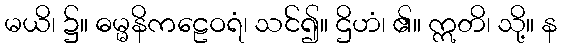
မယိ၊ ၌။ ဓမ္မနိကဠေဝရံ၊ သင်၍။ ဌိဟံ၊ ၏။ ဣတိ၊ သို့။ န